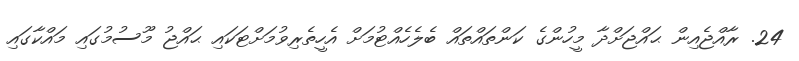
24. ރާއްޖެއިން ޙައްޖަށްދާ މީހުންގެ ކަންތައްތައް ބެލެހެއްޓުމަށް އެހީތެރިވުމަށްޓަކައި ޙައްޖު މޫސުމުގައި މައްކާގައި